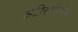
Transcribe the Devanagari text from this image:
अग्निस्तंभाचे